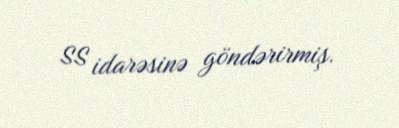
SS idarəsinə göndərirmiş.